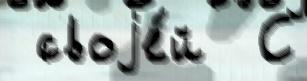
 своjе́й  С